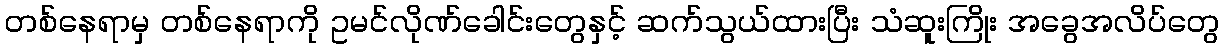
တစ်နေရာမှ တစ်နေရာကို ဥမင်လိုဏ်ခေါင်းတွေနှင့် ဆက်သွယ်ထားပြီး သံဆူးကြိုး အခွေအလိပ်တွေ